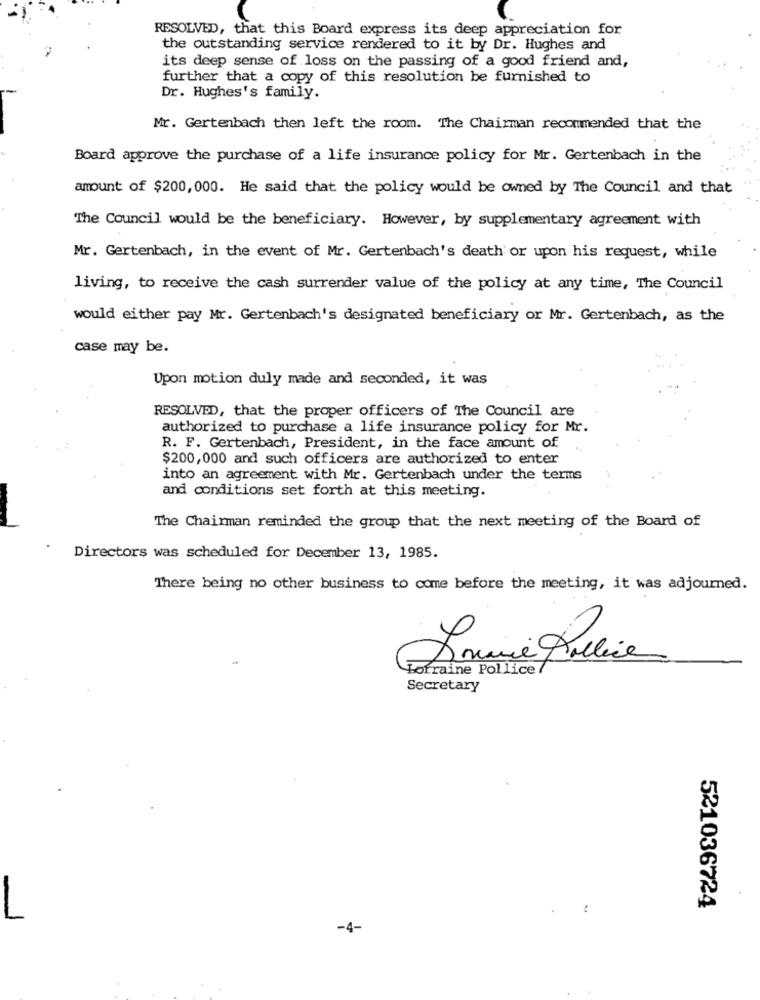
RESOLVED, that this Board express its deep appreciation for
the outstanding service rendered to it by Dr. Hughes and
its deep sense of loss on the passing of a good friend and,
further that a copy of this resolution be furnished to
Dr. Hughes's family.
Mr. Gertenbach then left the room. The Chairman recommended that the
Board approve the purchase of a life insurance policy for Mr. Gertenbach in the
amount of $200, 000. He said that the policy would be owned by The Council and that
The Council would be the beneficiary. However, by supplementary agreement with
Mr. Gertenbach, in the event of Mr. Gertenbach's death or upon his request, while
living, to receive the cash surrender value of the policy at any time, The Council
would either pay Mr. Gertenbach's designated beneficiary or Mr. Gertenbach, as the
case may be.
Upon motion duly made and seconded, it was
RESOLVED, that the proper officers of The Council are
authorized to purchase a life insurance policy for Mr.
R. F. Gertenbach, President, in the face amount of
$200, 000 and such officers are authorized to enter
into an agreement with Mr. Gertenbach under the terms
and conditions set forth at this meeting.
The Chairman reminded the group that the next meeting of the Board of
Directors was scheduled for December 13, 1985.
There being no other business to come before the meeting, it was adjourned.
Lorraine Pollice
Secretary
521036724
-
-4-